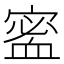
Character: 𡪖